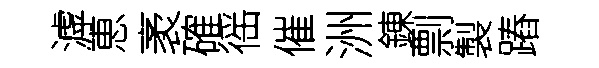
滹恵袤確徭催洲錬剽製蹖